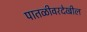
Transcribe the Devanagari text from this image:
पातळीवरदेखील